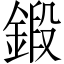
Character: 鍛